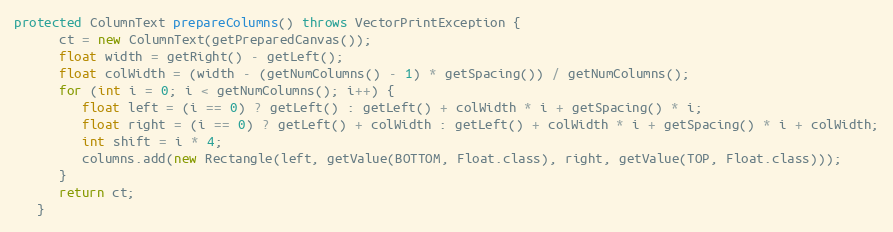
Language: Java
protected ColumnText prepareColumns() throws VectorPrintException {
      ct = new ColumnText(getPreparedCanvas());
      float width = getRight() - getLeft();
      float colWidth = (width - (getNumColumns() - 1) * getSpacing()) / getNumColumns();
      for (int i = 0; i < getNumColumns(); i++) {
         float left = (i == 0) ? getLeft() : getLeft() + colWidth * i + getSpacing() * i;
         float right = (i == 0) ? getLeft() + colWidth : getLeft() + colWidth * i + getSpacing() * i + colWidth;
         int shift = i * 4;
         columns.add(new Rectangle(left, getValue(BOTTOM, Float.class), right, getValue(TOP, Float.class)));
      }
      return ct;
   }